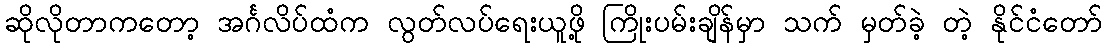
ဆိုလိုတာကတော့ အင်္ဂလိပ်ထံက လွတ်လပ်ရေးယူဖို့ ကြိုးပမ်းချိန်မှာ သက် မှတ်ခဲ့ တဲ့ နိုင်ငံတော်